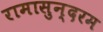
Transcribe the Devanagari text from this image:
रामासुन्दरम